Calcutta medical institutions reports 1871-78
Year: 1871
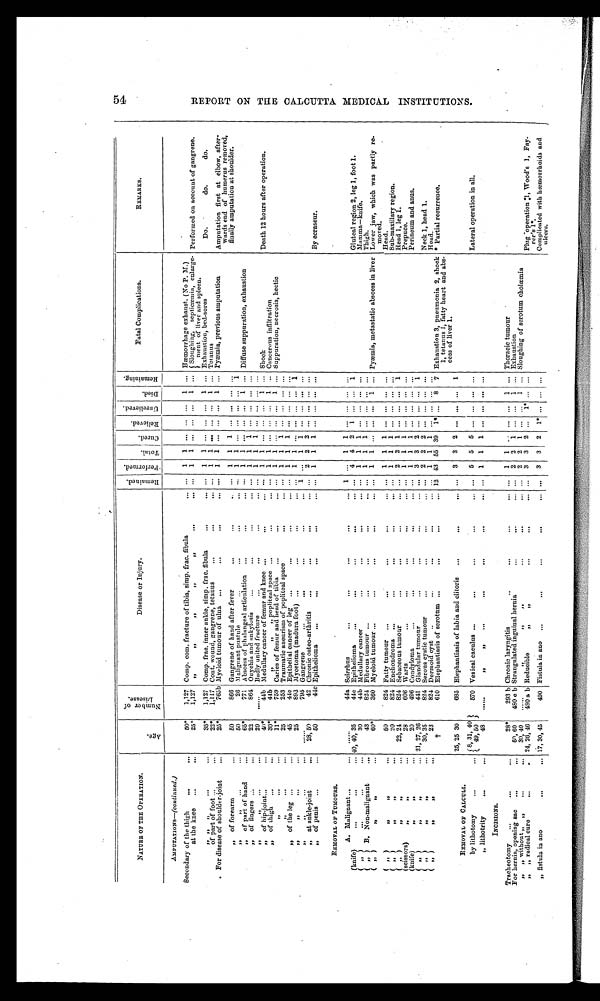
NATURE OF THE OPERATION.
A g e .
N u m b e r o f D i s e a s e .
Disease or Injury.
R e m a i n e d .
P e r f o r m e d .
T o t a l .
C u r e d .
Rel i eved. Unr el i eved.
Died.
Remai ni ng
Fatal Complications.
REMARKS.
AMPUTATIONS— (continued.)
Secondary of the thigh
50*
1,127 Comp. com. fracture of tibia, simp. frac. fibula
...
1
1 ...
... ...
1 ... Hæmorrhage exhaust. (No P. M.)
at the knee
25*
1,127
„ „ „ ,, ,,
...
1
1 ...
... ...
1
...
Sloughing, septicæmia, enlarge-
ment
of liver and spleen.
Performed on account of gangrene.
,, ,, ,,
35*
1,127 Comp. frac. inner ankle, simp. frac. fibula
...
1
1 ...
...
...
1
... Exhaustion, bed-sores
Do.
do. do.
of part of foot
22*
1,117 Cont. wound, gangrene, tetanus
...
1
1 ....
... ...
1
... Tetanus
For disease of shoulder-joint
25"
765b Myeloid tumour of ulna
...
1
1 ...
...
...
1 ... Pyæmia, previous amputation
Amputation first at elbow, after-
wards end of humerus removed,
finally amputation at shoulder.
„ of forearm
50
866 Gangrene of hand after fever
...
1
1
1 ...
...
. . ....
Diffuse suppuration, exhaustion
,, ,,
50
26 Malignant pustule
...
1
1 ...
...
...
. . .1
,, of part of hand
65*
771 Abscess of phalangeal articulation
...
1
1 ...
...
...
1
...
,, of fingers
22
864 Onychia and anlcylosis
-.
1 ...
...
. . ....
,,
29
......
Badly united fracture
...
1
1
1 ...
...
. . ....
„
of hip-joint
40*
44b Medullary cancer of femur and knee
...
1
1 ... ...
...
1 ... Shock
Death 12 hours after operation.
„ of thigh
30*
44b
,, „ ,, popliteal space
...
1
1 ... ... ...
1
... Cancerous infiltration
,,
11*
759 Caries of femur and head of tibia
...
1
1
. . . ... ...
1
... Suppuration, necrosis, hectic
,,
25
253 Traumatic aneurism of popliteal space
...
1
1
1 ...
... ...
...
,, of the leg
45
44c Epithelial cancer of leg
...
1
1
1 ...
... ...
...
,, ,,
25
893 Mycetoma (madura foot)
...
1
1
. . . ...
... ...
1
,, ,,
......
795 Gangrene
1
. . .
1
1 ...
... ...
. . .
,, at ankle-joint
28,,50
42 Chronic osteo-arthritis
. . .
2
2
2 ...
... ...
. . ....
„ of penis
50
44c Epithelioma
. . .
1
1
1 ...
... ...
. . ....
By ecraseur.
REMOVAL OF TUMOURS.
A. Malignant
......
44a Scirrhus
1
. . .
1
1
. . ....
. . .
. . .
(knife)
40,40, 35
44c Epithelioma
...
4
4
2
1 ...
. . .
1
Gluteal region 2, leg 1, foot 1.
(,,)
30
44b Medullary cancer
...
1
1
1 ...
...
. . .
. . .
Mamma—knife.
(„) B. Non-malignant
43
824 Fibrous tumour
...
1
1
1 ...
...
. . .
. . .
Thigh.
(„) ,, ,,
60*
360 Myeloid tumour
...
1
1 ... ... ...
1 ... Pyæmia, metastatic abscess in liver Lower jaw, which was partly re-
moved.
(„) „ ,,
50
824 Fatty tumour
...
1
1
1 ...
...
...
...
Head.
(„) ,,
„
20
824 Enchondroma
...
1
1
1 ...
...
...
. . .
Sub-maxillary region.
(,,) ,, ,,
22, 24
824 Sebaceous tumour
...
2
2
1 ...
... ...
1
Head 1, leg 1.
(scissors) ,, ,,
28
606 Warts
...
1
1
1 ...
... ...
. . .
Prepuce.
(knife) ,, ,,
.
20
496 Coudyloma
...
1
1
1 ... ...
...
. . .
Perineum and anus.
(,,) ,, ,,
21, 27, 26
441 Glandular tumour
...
3 3
2 ... ...
...
1
(,,) ,, ,,
30, 35
824 Serous cystic tumour
...
2
2
2 ...
... ...
. . .
Neck 1, head 1.
(,,),, ,,
23
824 Dermoid cyst
...
1
1
1 ...
... ...
. . .
Head.
†
610 Elephantiasis of scrotum
12 43 55 39
1* ...
8
7 Exhaustion 3, pneumonia 2, shock
1, tetanus 1, fatty heart and abs-
cess of liver 1.
*Partial recurrence.
25, 25 30
685 Elephantiasis of labia and clitoris
...
3
3
2 ... ... ...
1
REMOVAL OF CALCULI.
Lateral operation in all.
by lithotomy
8 , 3 1 , 4 0 4 9 , 5 0
570 Vesical caculus
...
5
5
5 ...
... ...
...
„ lithotrity
48
. . . . . .
,, ,, ,,
...
1
1
1 ...
... ...
...
INCISIONS.
Tracheotomy
28*
293 b Chronic laryngitis
...
1
1 ...
... ...
1 ... Thoracic tumour
For hernia, opening sac
50, 60
480 e b Strangulated inguinal hernia
...
2
2
1 ...
...
1
... Exhaustion
„ „ without ,, ,,
30, 40
......
,, „ ,,
...
2
2
1 ...
...
1 ... Sloughing of scrotum cholæmia
„ „ radical cure
24, 26, 46
480 a b Reducible
...
3
3
2 ...
1* ... ...
P l u g o p e r a t i o n 1 , F a y - r e r ' s 1 * .
„ fistula in ano
17, 30, 45
490 Fistula in ano
...
3
3
2
1* ... ...
...
Complicated with hæmorrhoids and
ulcers.